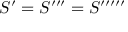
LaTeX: S ^ { \prime } = S ^ { \prime \prime \prime } = S ^ { \prime \prime \prime \prime \prime }